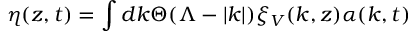
\eta ( z , t ) = \int d k \Theta ( \Lambda - | k | ) \xi _ { V } ( k , z ) \alpha ( k , t )